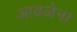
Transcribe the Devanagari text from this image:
आढळेना